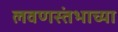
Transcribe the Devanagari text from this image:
लवणस्तंभाच्या